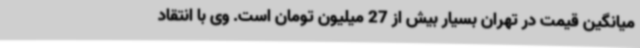
میانگین قیمت در تهران بسیار بیش از 27 میلیون تومان است. وی با انتقاد